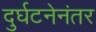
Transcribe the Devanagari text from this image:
दुर्घटनेनंतर